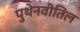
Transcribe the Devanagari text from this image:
पुथेनवीतिल